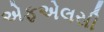
એફએલસી